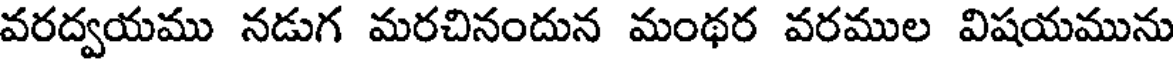
వరద్వయము నడుగ మరచినందున మంథర వరముల విషయమును